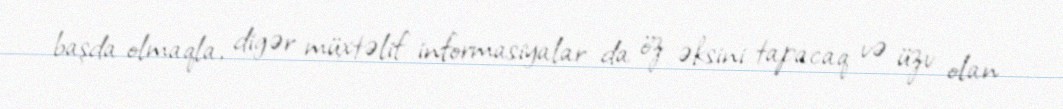
başda olmaqla, digər müxtəlif informasiyalar da öz əksini tapacaq və üzv olan